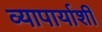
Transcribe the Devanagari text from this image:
व्यापार्याशी